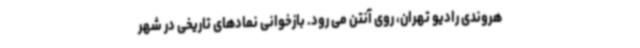
هروندی رادیو تهران، روی آنتن می رود. بازخوانی نمادهای تاریخی در شهر